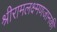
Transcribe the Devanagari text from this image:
श्रीरामलक्ष्मणजानकी